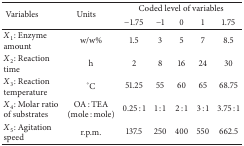
| <ROWSPAN=2> Variables | <ROWSPAN=2> Units | <COLSPAN=5> Coded level of variables |
 | −1.75 | −1 | 0 | 1 | 1.75 |
 | --- | --- | --- | --- | --- | --- | --- |
 | X1: Enzyme amount | w/w% | 1.5 | 3 | 5 | 7 | 8.5 |
 | X2: Reaction time | h | 2 | 8 | 16 | 24 | 30 |
 | X3: Reaction temperature | °C | 51.25 | 55 | 60 | 65 | 68.75 |
 | X4: Molar ratio of substrates | OA : TEA (mole : mole) | 0.25 : 1 | 1 : 1 | 2 : 1 | 3 : 1 | 3.75 : 1 |
 | X5: Agitation speed | r.p.m. | 137.5 | 250 | 400 | 550 | 662.5 |